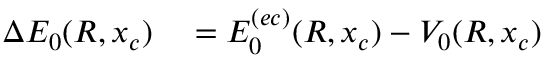
\begin{array} { r l } { \Delta E _ { 0 } ( R , x _ { c } ) } & { { } = E _ { 0 } ^ { ( e c ) } ( R , x _ { c } ) - V _ { 0 } ( R , x _ { c } ) } \end{array}